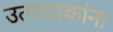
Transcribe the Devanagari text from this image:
उत्पादाकांना